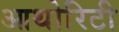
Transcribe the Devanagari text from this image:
आथोरिटी